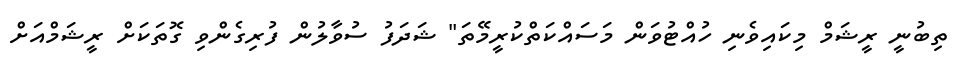
ތިބުނީ ރީޝަމް މިކައިވެނި ހުއްޓުވަން މަސައްކަތްކުރީމޭތަ" ޝަދަފު ސުވާލުން ފުރިގެންވި ގޮތަކަށް ރީޝަމްއަށް